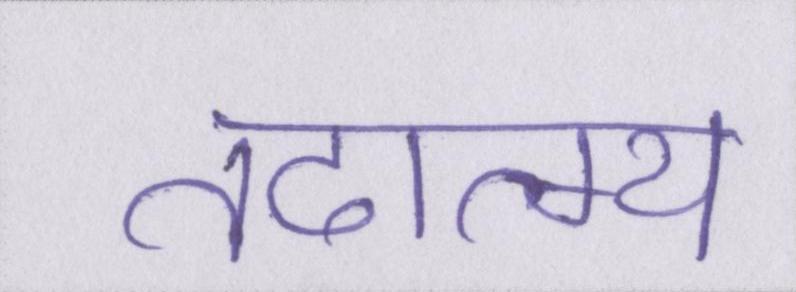
तदात्म्य